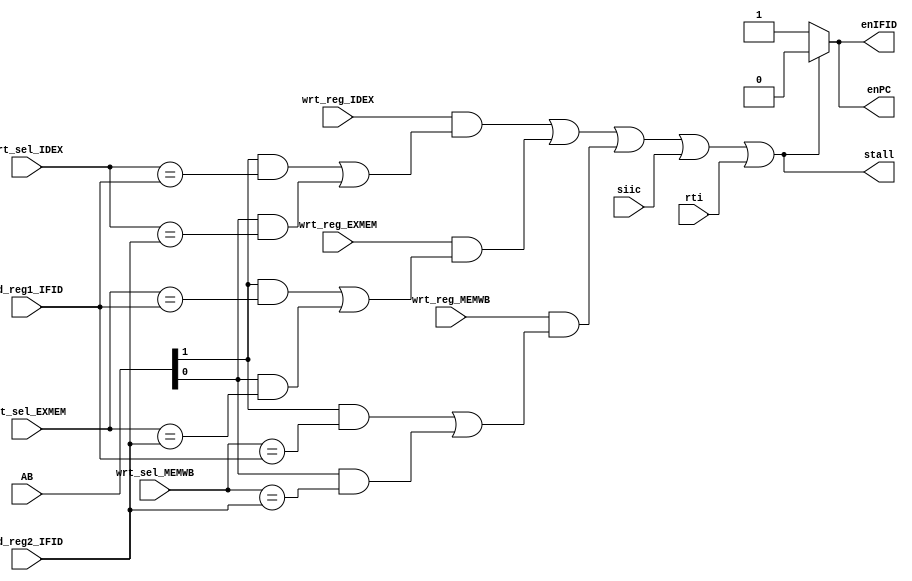
module hazard_detection_unit (siic, rti, AB, wrt_sel_IDEX, wrt_sel_EXMEM, wrt_sel_MEMWB, rd_reg1_IFID, rd_reg2_IFID, wrt_reg_IDEX, wrt_reg_EXMEM, wrt_reg_MEMWB, stall, enPC, enIFID);

  input wrt_reg_IDEX, wrt_reg_EXMEM, wrt_reg_MEMWB;
  input [4:0] AB;
  input [2:0] wrt_sel_IDEX, wrt_sel_EXMEM, wrt_sel_MEMWB;
  input [2:0] rd_reg1_IFID, rd_reg2_IFID;
 input siic;
  input rti;
  output stall;
  output enPC;
  output enIFID;

  wire HAZARD_1, HAZARD_2, HAZARD_3, HAZARD_4, HAZARD_5, HAZARD_6;
  wire raw_condt_1, raw_condt_2, raw_condt_3;

  assign stall = raw_condt_1 | raw_condt_2 | raw_condt_3 | siic | rti;
  assign enPC = stall ? 1'b0 : 1'b1;
  assign enIFID = stall ? 1'b0 : 1'b1;

/////////////////////////////////////////
// 		RAW HAZARDS	       //
/////////////////////////////////////////
  assign HAZARD_1 = AB[1] & (wrt_sel_IDEX == rd_reg1_IFID);
  assign HAZARD_2 = AB[0] & (wrt_sel_IDEX == rd_reg2_IFID);

/////////////////////////////////////////
// 		CONDITION 1            //
/////////////////////////////////////////
  assign raw_condt_1 = wrt_reg_IDEX & (HAZARD_1 | HAZARD_2);

  assign HAZARD_3 = AB[1] & (wrt_sel_EXMEM == rd_reg1_IFID);
  assign HAZARD_4 = AB[0] & (wrt_sel_EXMEM == rd_reg2_IFID);

/////////////////////////////////////////
// 		CONDITION 2            //
/////////////////////////////////////////
  assign raw_condt_2 = wrt_reg_EXMEM & (HAZARD_3 | HAZARD_4);

  assign HAZARD_5 = AB[1] & (wrt_sel_MEMWB == rd_reg1_IFID);
  assign HAZARD_6 = AB[0] & (wrt_sel_MEMWB == rd_reg2_IFID);

/////////////////////////////////////////
// 		CONDITION 3            //
/////////////////////////////////////////
  assign raw_condt_3 = wrt_reg_MEMWB & (HAZARD_5 | HAZARD_6);

  

endmodule